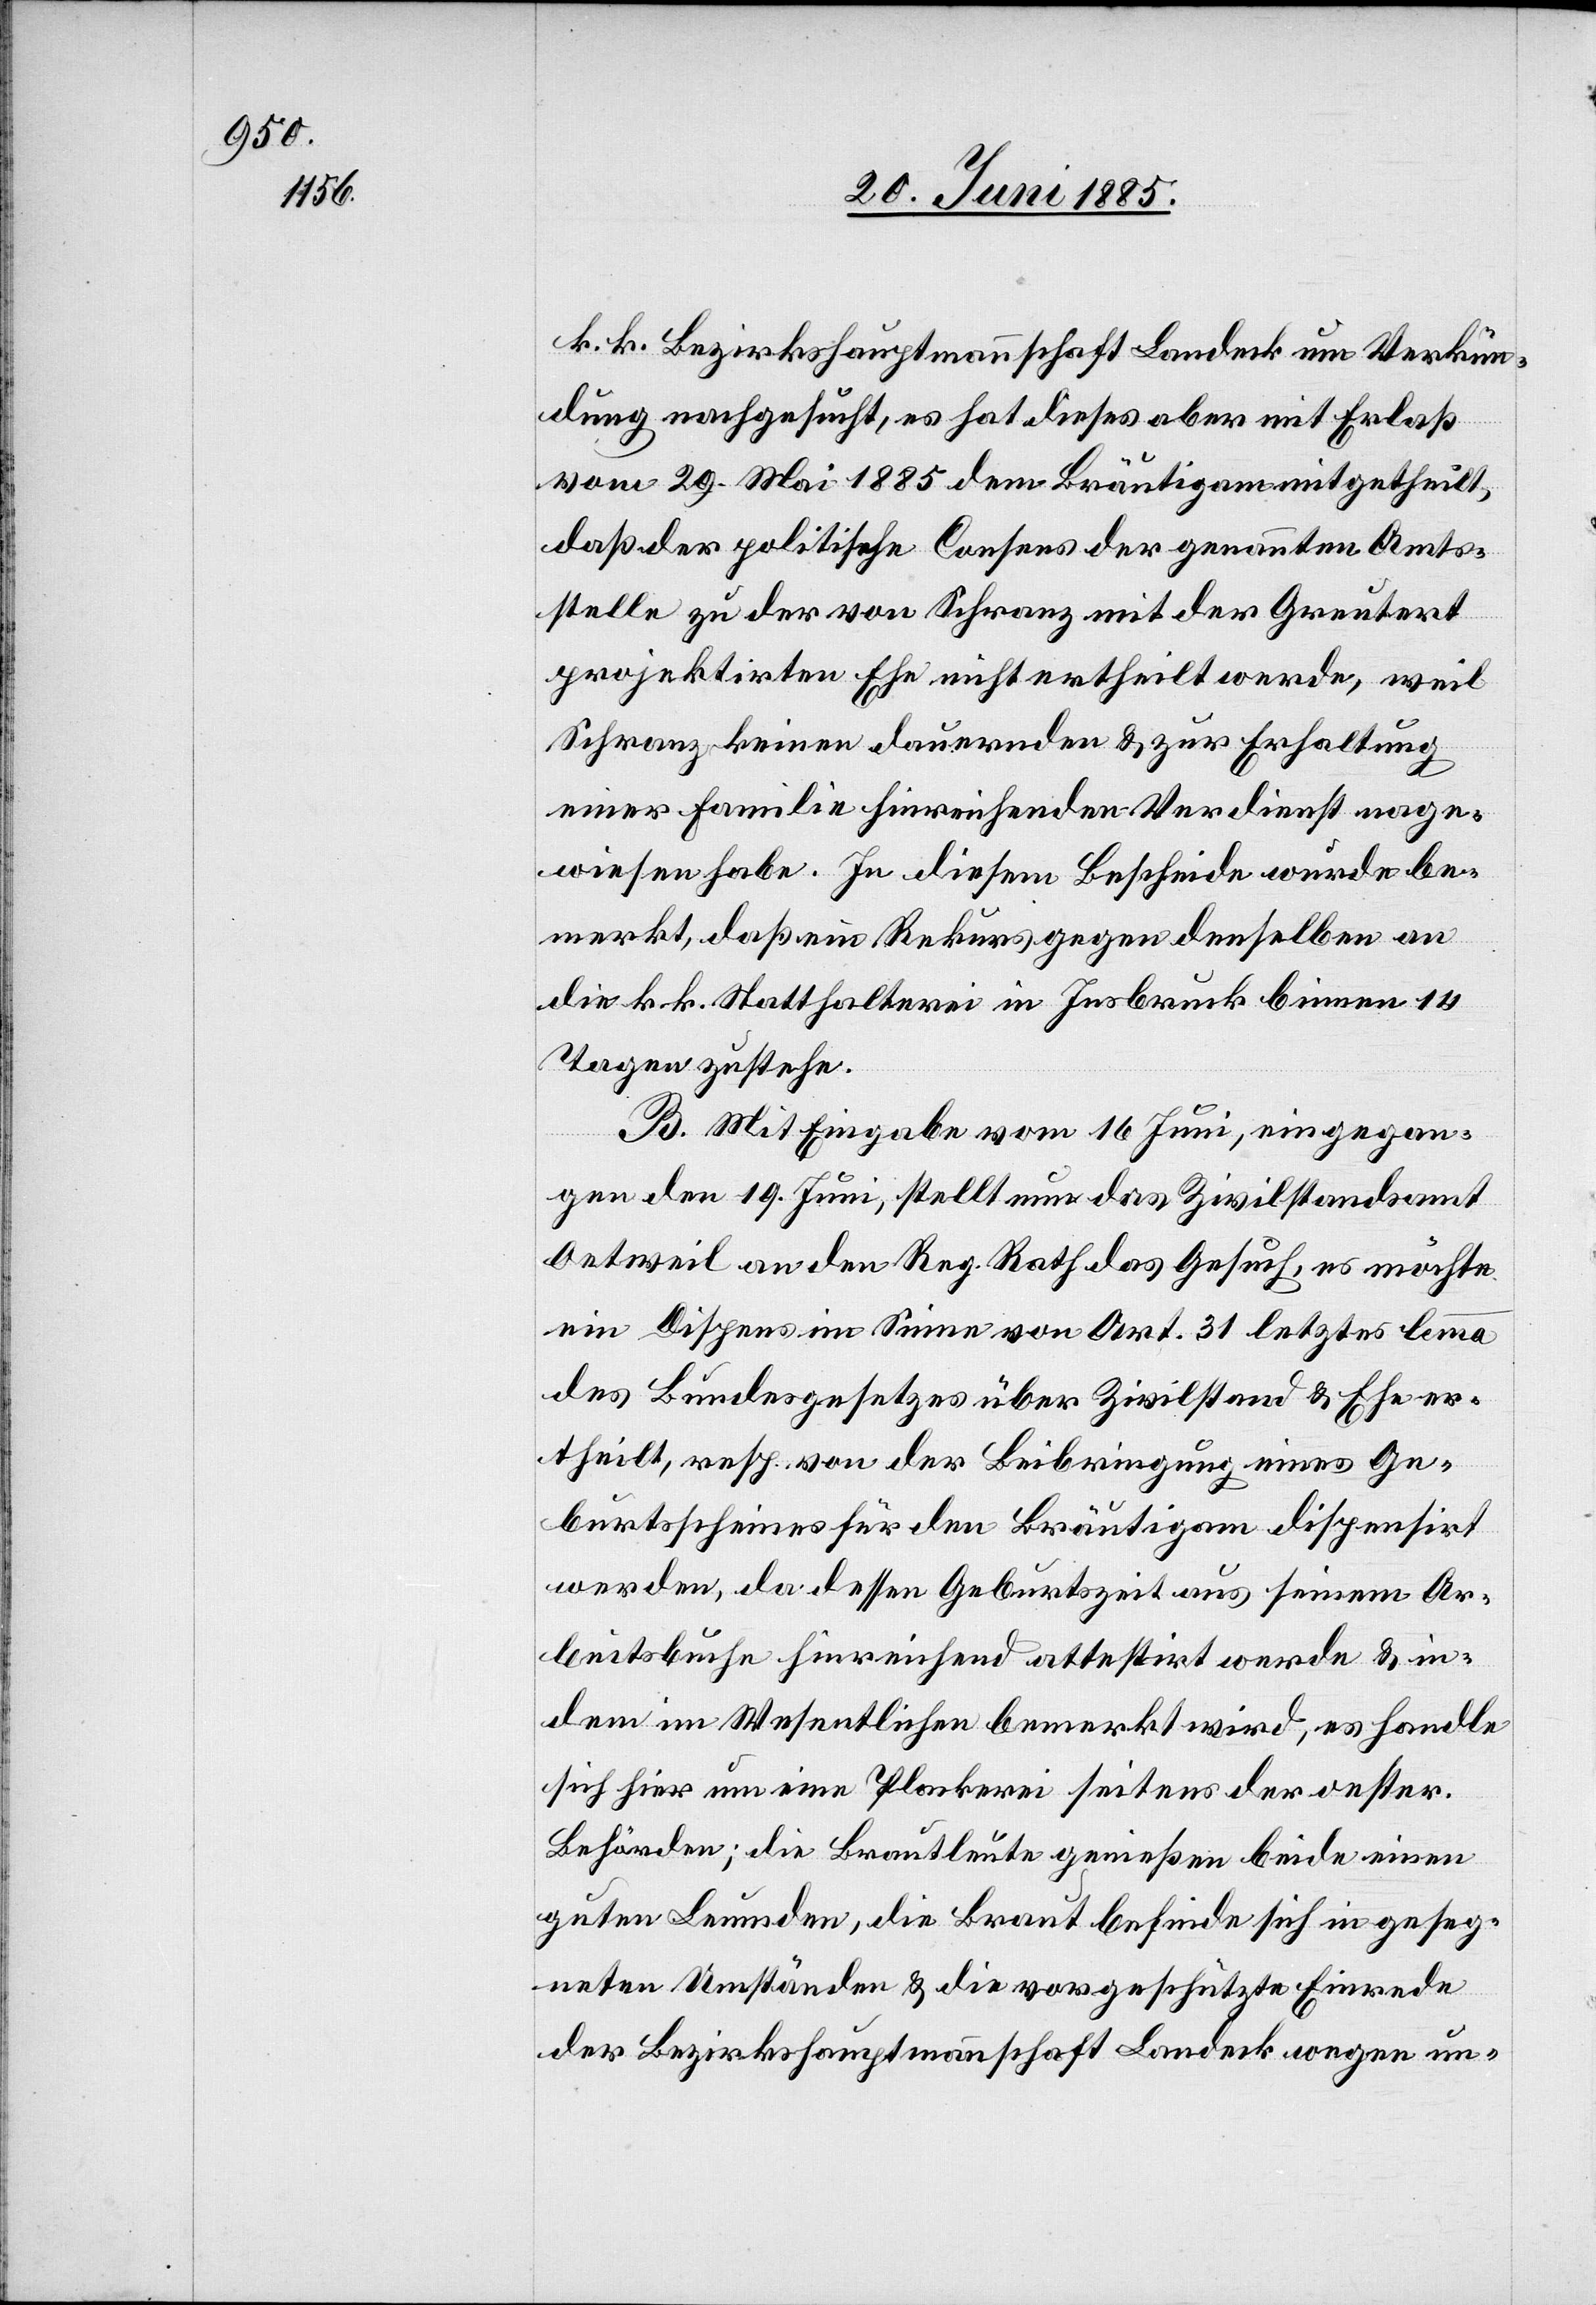
k. k. Bezirkshauptmannschaft Landeck um Verkün¬
dung nachgesucht, es hat dieses aber mit Erlaß
vom 29. Mai 1885 dem Bräutigam mitgetheilt,
daß der politische Consens der genannten Amts¬
stelle zu der von Schranz mit der Greutert
projektirten Ehe nicht ertheilt werde, weil
Schranz keinen dauernden & zur Erhaltung
einer Familie hinreichenden Verdienst na[ch]ge¬
wiesen habe. In diesem Bescheide wurde be¬
merkt, daß ein Rekurs gegen denselben an
die k. k. Statthalterei in Insbruck binnen 14
Tagen zustehe.
B. Mit Eingabe vom 16. Juni, eingegan¬
gen den 19. Juni, stellt nun das Zivilstandsamt
Oetweil an den Reg. Rath das Gesuch, es möchte
in Dispens im Sinne von Art. 31 letztes Lemma
des Bundesgesetzes über Zivilstand & Ehe er¬
theilt, resp. von der Beibringung eines Ge¬
burtsscheines für den Bräutigam dispensirt
werden, da dessen Geburtszeit aus seinem Ar¬
beitsbuche hinreichend attestirt werde & in¬
dem im Wesentlichen bemerkt wird, es handle
sich hier um eine Plackerei seitens der oester.
Behörden; die Brautleute genießen beide einen
guten Leumden, die Braut befinde sich in geseg¬
neten Umständen & die vorgeschützte Einrede
der Bezirkshauptmannschaft Landeck wegen un-